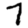
Digit: 7